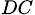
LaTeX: _{DC}